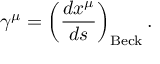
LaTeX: \gamma ^ { \mu } = \left( \frac { d x ^ { \mu } } { d s } \right) _ { \mathrm { B e c k } } .